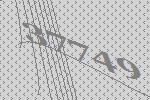
37749